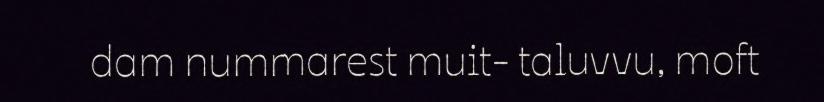
dam nummarest muit- taluvvu, moft